Scottish Certificate of Education, 1963
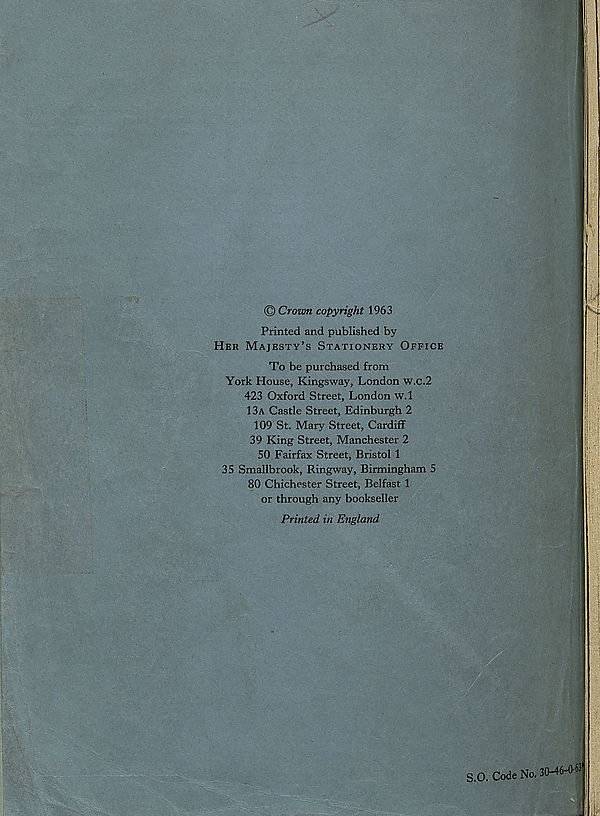
© Croton copyright 1963
Printed and published by
Her Majesty’s Stationery Office
To be purchased from
York House, Kingsway, London w.c.2
423 Oxford Street, London w.l
13a Castle Street, Edinburgh 2
109 St. Mary Street, Cardiff
39 King Street, Manchester 2
50 Fairfax Street, Bristol 1
35 Smallbrook, Ringway, Birmingham 5
80 Chichester Street, Belfast 1
or through any bookseller
Printed in England
S.O. Code No. IMG-O- 63 '